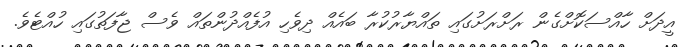
އީދަށް ހާއްސަކޮށްގެން ރަށްރަށުގައި ތައްޔާރުކުރާ ބައެއް ދިވެހި އުފެއްދުންތައް ވެސް ޖާފަތުގައި ހުއްޓެވެ.